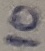
Text: 10